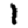
Digit: 1